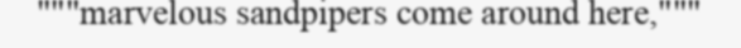
"""marvelous sandpipers come around here,"""